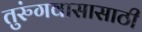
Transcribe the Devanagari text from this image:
तुरुंगवासासाठी